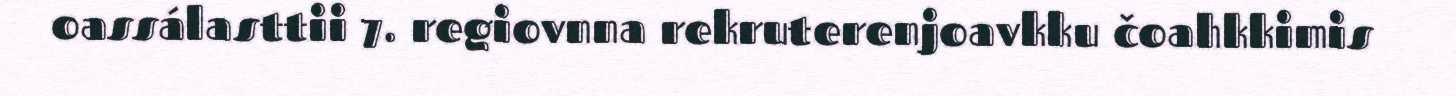
oassálasttii 7. regiovnna rekruterenjoavkku čoahkkimis